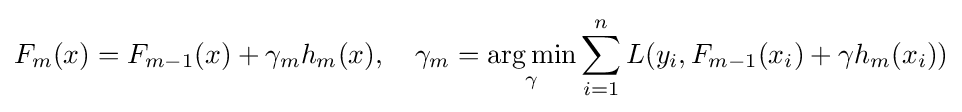
F_{m}(x)=F_{m-1}(x)+\gamma _{m}h_{m}(x),\quad \gamma _{m}={\underset {\gamma }{\operatorname {arg\,min} }}\sum _{i=1}^{n}L(y_{i},F_{m-1}(x_{i})+\gamma h_{m}(x_{i}))